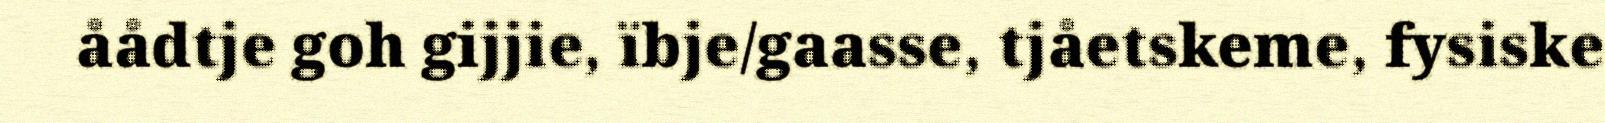
åådtje goh gijjie, ïbje/gaasse, tjåetskeme, fysiske